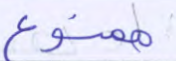
ممنوع